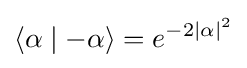
\langle \alpha \mid -\alpha \rangle =e^{-2\mid \alpha \mid ^{2}}